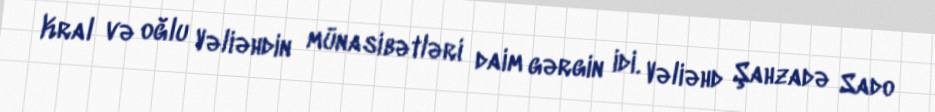
Kral və oğlu Vəliəhdin münasibətləri daim gərgin idi. Vəliəhd Şahzadə Sado